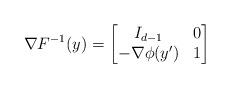
LaTeX: \begin{align*}\nabla F^{-1} (y) = \left[\begin{matrix} I_{d-1} & 0\\ -\nabla \phi(y') & 1\end{matrix}\right]\end{align*}